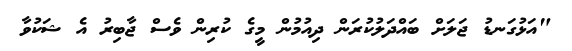
"އަޅުގަނޑު ޖަލަށް ބައްދަލުކުރަން ދިއުމުން މީގެ ކުރިން ވެސް ޖާބިރު އެ ޝަކުވާ